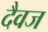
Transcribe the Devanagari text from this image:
दैवज